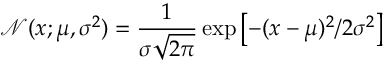
\mathcal { N } ( x ; \mu , \sigma ^ { 2 } ) = \frac { 1 } { \sigma \sqrt { 2 \pi } } \exp \left[ - { ( x - \mu ) ^ { 2 } } / { 2 \sigma ^ { 2 } } \right]